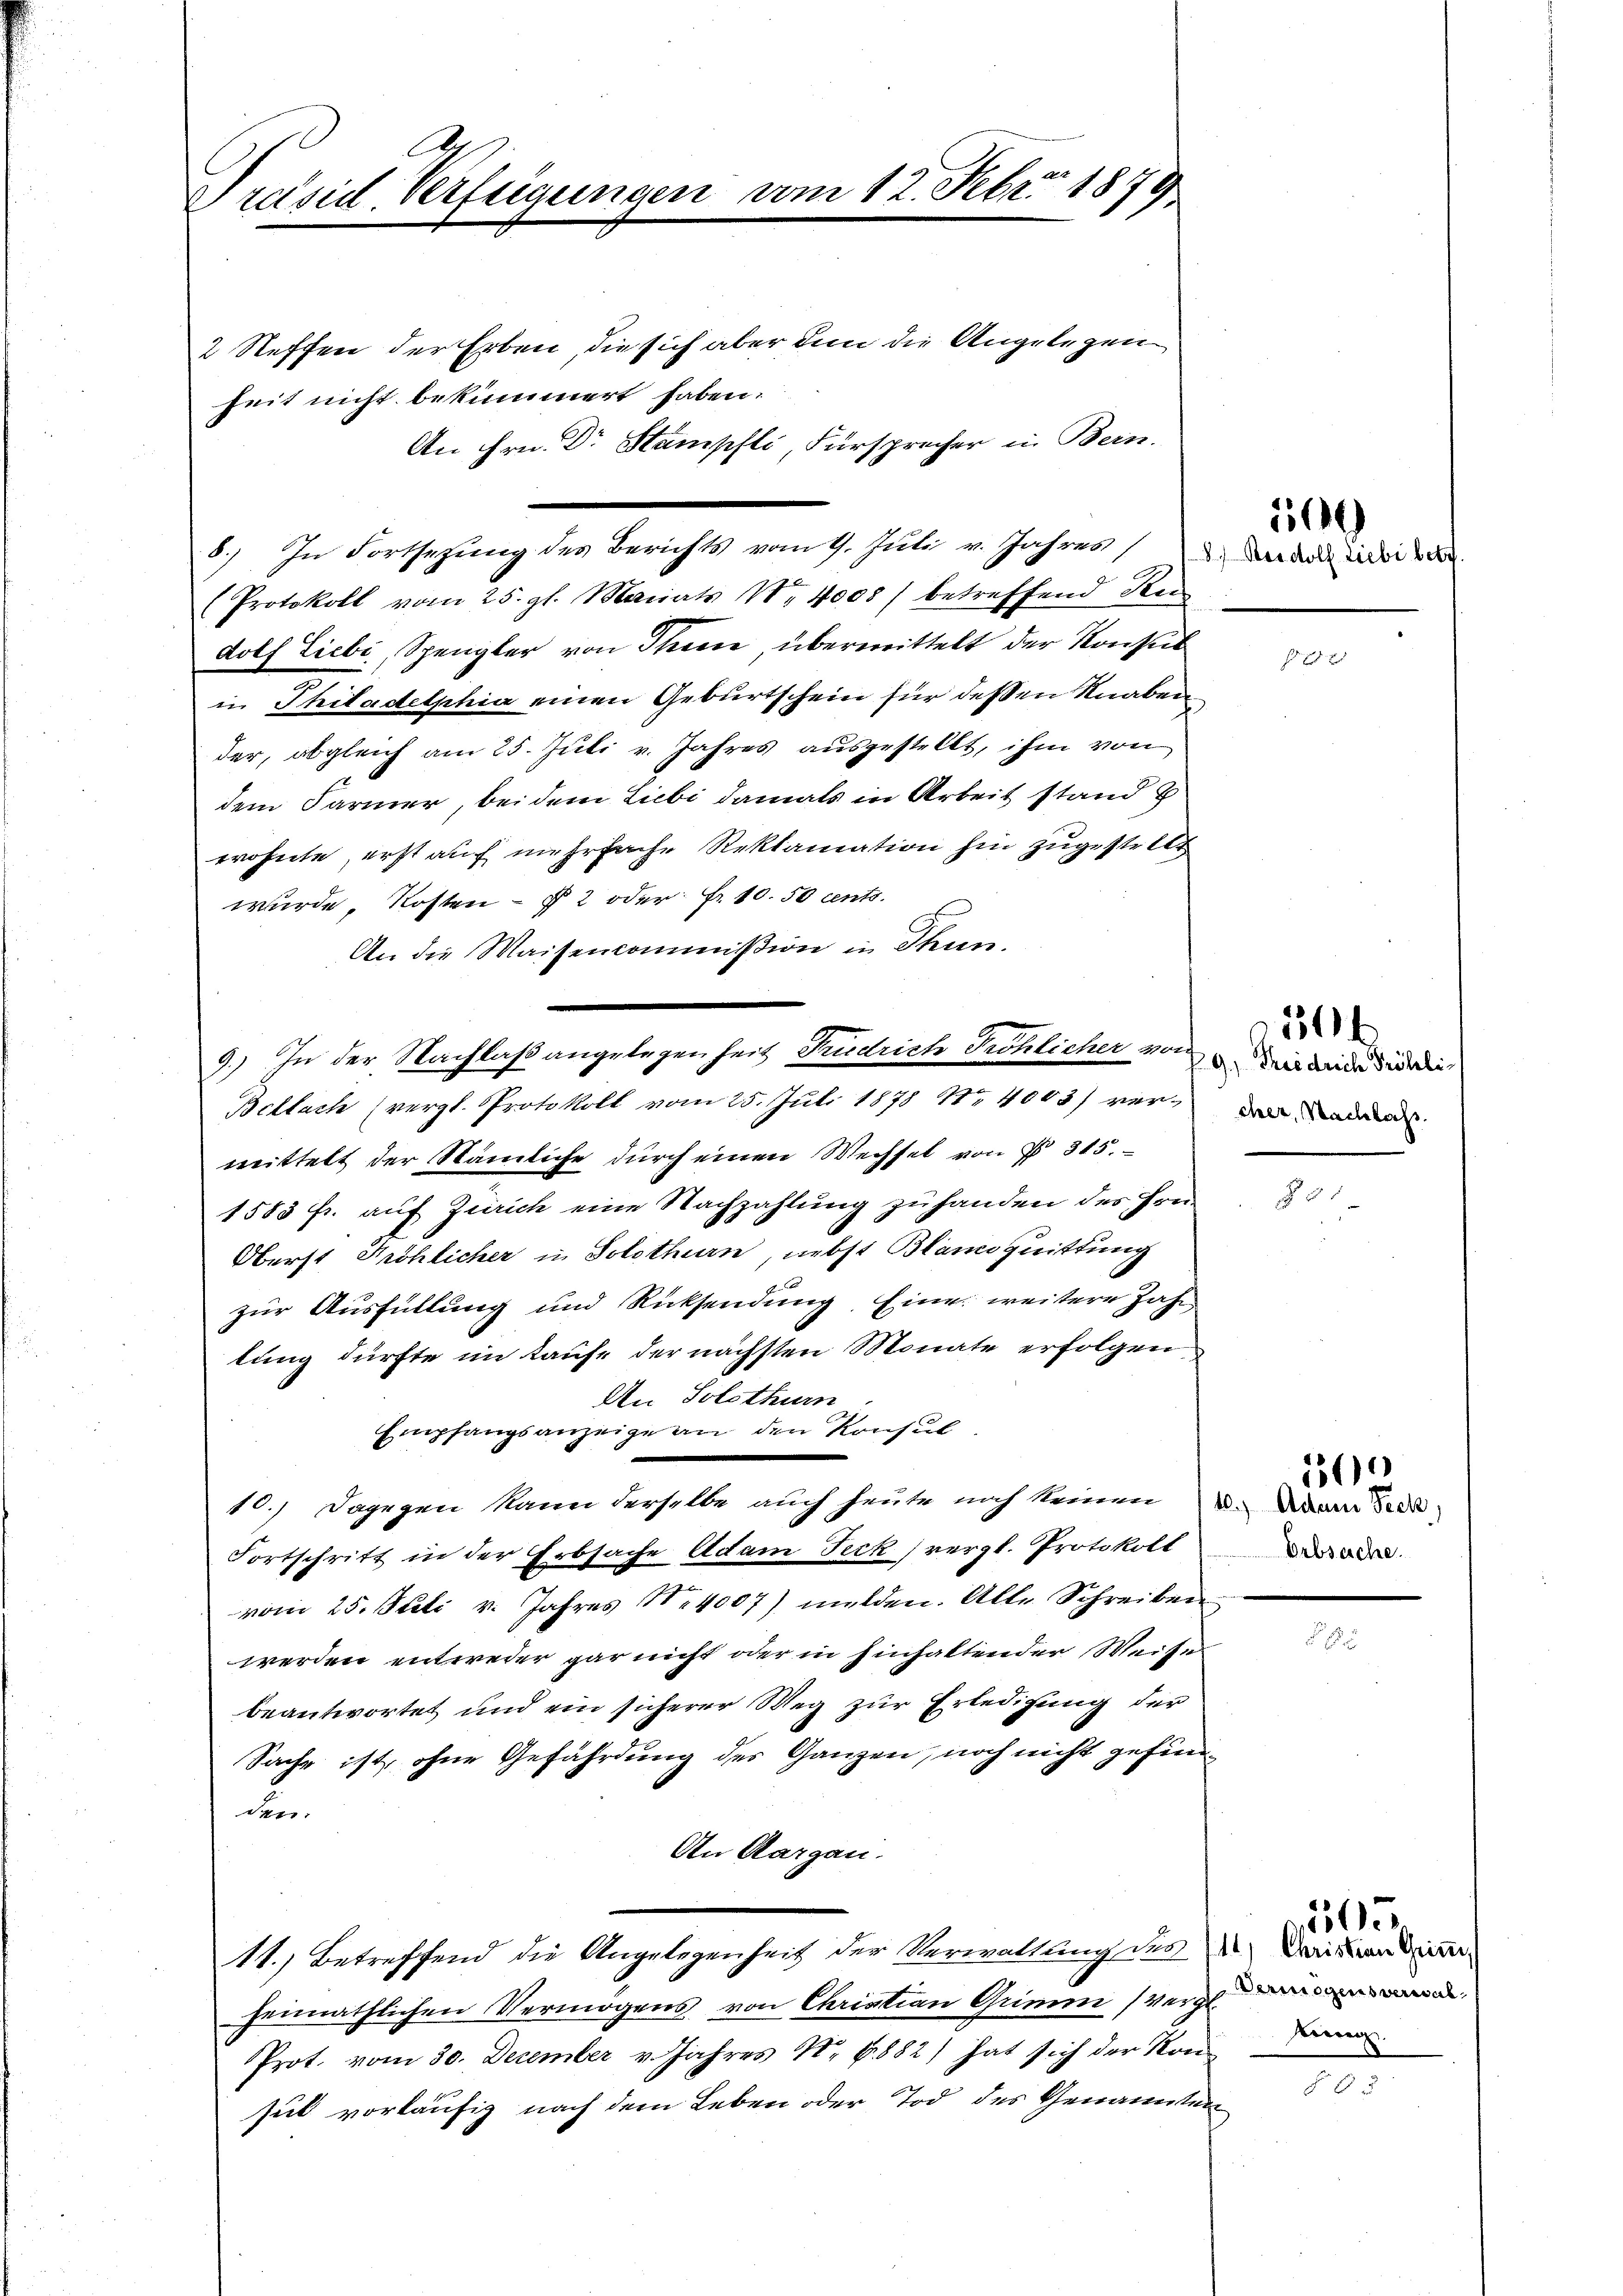
A
Präsid. Verftigungen vom 12. Febr. 1879
2 Neffen der Erben, die sich aber den die Angelegen
heit nicht bekümmert haben.
An Hrn. Dr Stampfli, Fürsprecher in Bern.

(Protokoll vom 25. gl. Manats 18. 4008) betreffend Rei
dolf Liebe, Spengler von Thun, übermittelt der Konsul
in Thiladelphia einen Geburtschein für deßen Knaben
der, obgleich am 25. Juli v. Jahres ausgestellt, ihm von
dem Farmer, bei dem Liebi damals in Arbeit stand b
wohnte, erst auf mehrfache Reklamation hin zugestellt
wurde, Kosten § 2 oder Fr. 10.50 cents.
An die Waisenkommißion in Thun.
mittelt der Nämliche dŭrch einen Wechsel von § 315.
1583 fr. auf Zürich eine Nachzahlung zu handen des Hrn.
Oberst Pröhlicher in Solothurn, nebst Blamquittung
zur Ausfüllung und Rücksendung Eine weitere Jahr
lung dürfte im Laufe der nächsten Monate erfolgen
An Solothurn
Empfangsanzeige an den Konsul
¬
10.) Dagegen kann derselbe auch heute noch keinen u. War der
Fortschritt in der Erbsache Adam Feck (vergl. Protokoll
vom 25. Juli v. Jahres 14007) milden. Alle Schreiben
werden entweder gar nicht oder in hinhaltender Weises
beantwortet und ein sicherer Weg zur Erledigung der
Sache ist, ohne Gefährdung des Ganzen, noch nicht gefunden
An Aargau.
11.) Betreffend die Angelegenheit der Verwaltung des Darin die
heimathlichen Vermögens von Christian Grimm (Verge
Prot. vom 30. December v. Jahres N. N. 882 hat sich der Konsul vorläufig nach dem Leben oder Tod des Genannten

8.) In Fortsezung des Berichts vom 9. Juli v. Jahres der die die d

9.) In der Nachlaß angelegenheit Trudrich Fröhlicher von Dein der die die
Bellach (vergl. Protokoll vom 25. Juli 1878 No 4003) ver¬

106

N 2

cher, Nachlass.

§ 25

504

Urbsesche.

136

Vermögens verwalbeeren.

505

B. 3